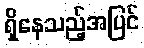
ရှိနေသည့်အပြင်